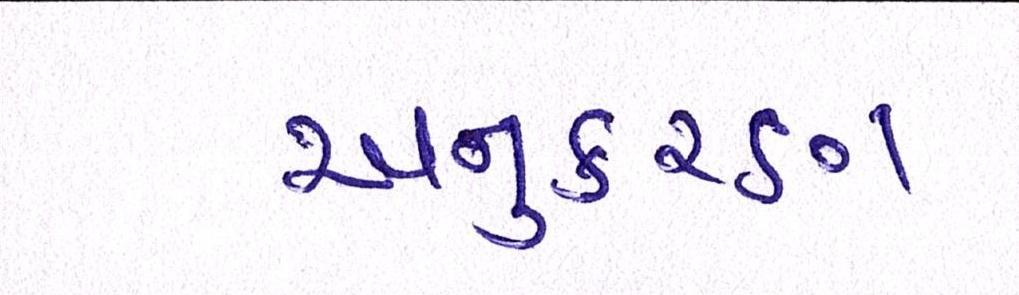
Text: અનુકરણ